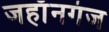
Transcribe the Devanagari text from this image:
जहाँनगंज